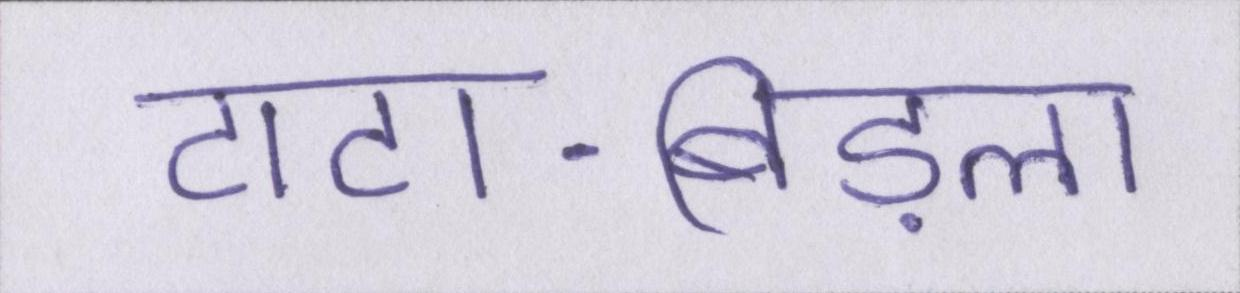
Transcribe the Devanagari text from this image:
टाटा-बिड़ला